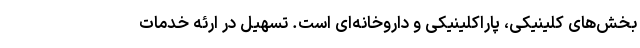
بخش‌های کلینیکی، پاراکلینیکی و داروخانه‌ای است. تسهیل در ارئه خدمات